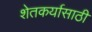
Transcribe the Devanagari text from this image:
शेतकर्यासाठी